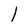
Character: 1